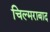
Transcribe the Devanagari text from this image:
चिल्मराबाद